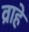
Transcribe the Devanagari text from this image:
व्राहे